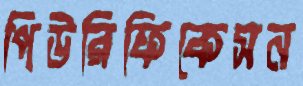
পিউরিফিকেসন